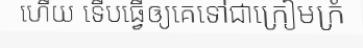
ហើយ ទើបធ្វើឲ្យគេទៅជាក្រៀមក្រំ